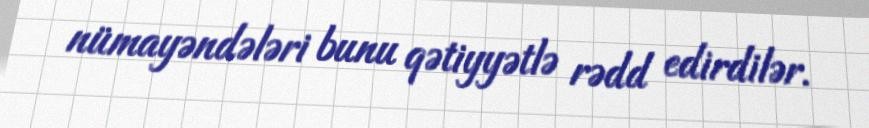
nümayəndələri bunu qətiyyətlə rədd edirdilər.